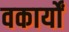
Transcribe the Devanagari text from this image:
वकार्यों